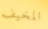
المخيف